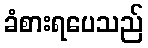
ခံစားရပေသည်